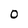
Character: 0